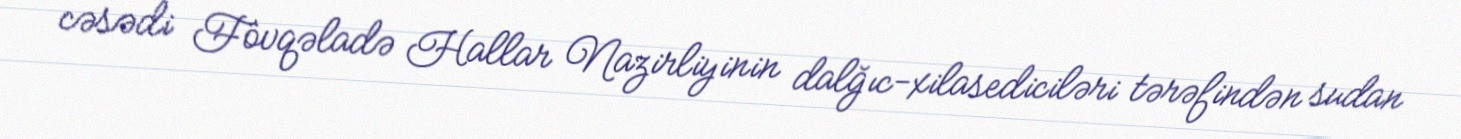
cəsədi Fövqəladə Hallar Nazirliyinin dalğıc-xilasediciləri tərəfindən sudan